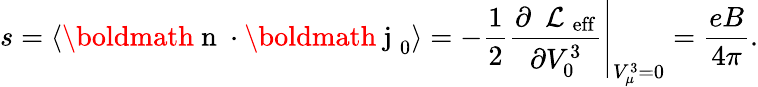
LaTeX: s=\langle\mathrm{\boldmath~n~}\cdot\mathrm{\boldmath~j~}_{0}\rangle=-\frac{1}{2}\left.\frac{\partial\mathrm{~\cal~L~}_{\mathrm{eff}}}{\partial V_{0}^{3}}\right|_{V_{\mu}^{3}=0}=\frac{eB}{4\pi}.